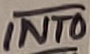
Text: INT0